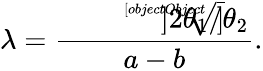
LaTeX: \lambda=\frac{\sqrt[[objectObject]]]{2\theta_{1}/\theta_{2}}}{a-b}.